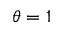
\theta = 1